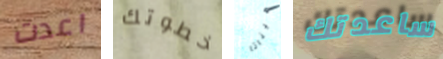
اعدت خطوتك هيناتا ساعدتك